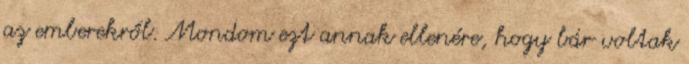
az emberekről. Mondom ezt annak ellenére, hogy bár voltak